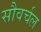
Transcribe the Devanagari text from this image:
सौवर्चल